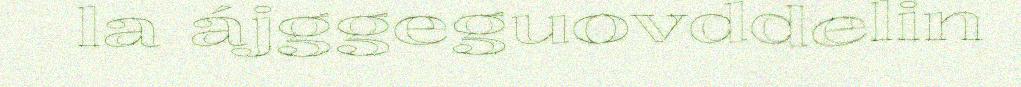
la ájggeguovddelin